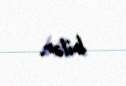
bilər.